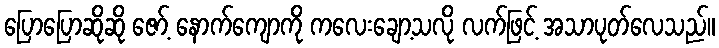
ပြောပြောဆိုဆို ဇော့် နောက်ကျောကို ကလေးချော့သလို လက်ဖြင့် အသာပုတ်လေသည်။